65_HS1-834228961_62-HQ-83894_Section_5
Agency: FBI
Page 71
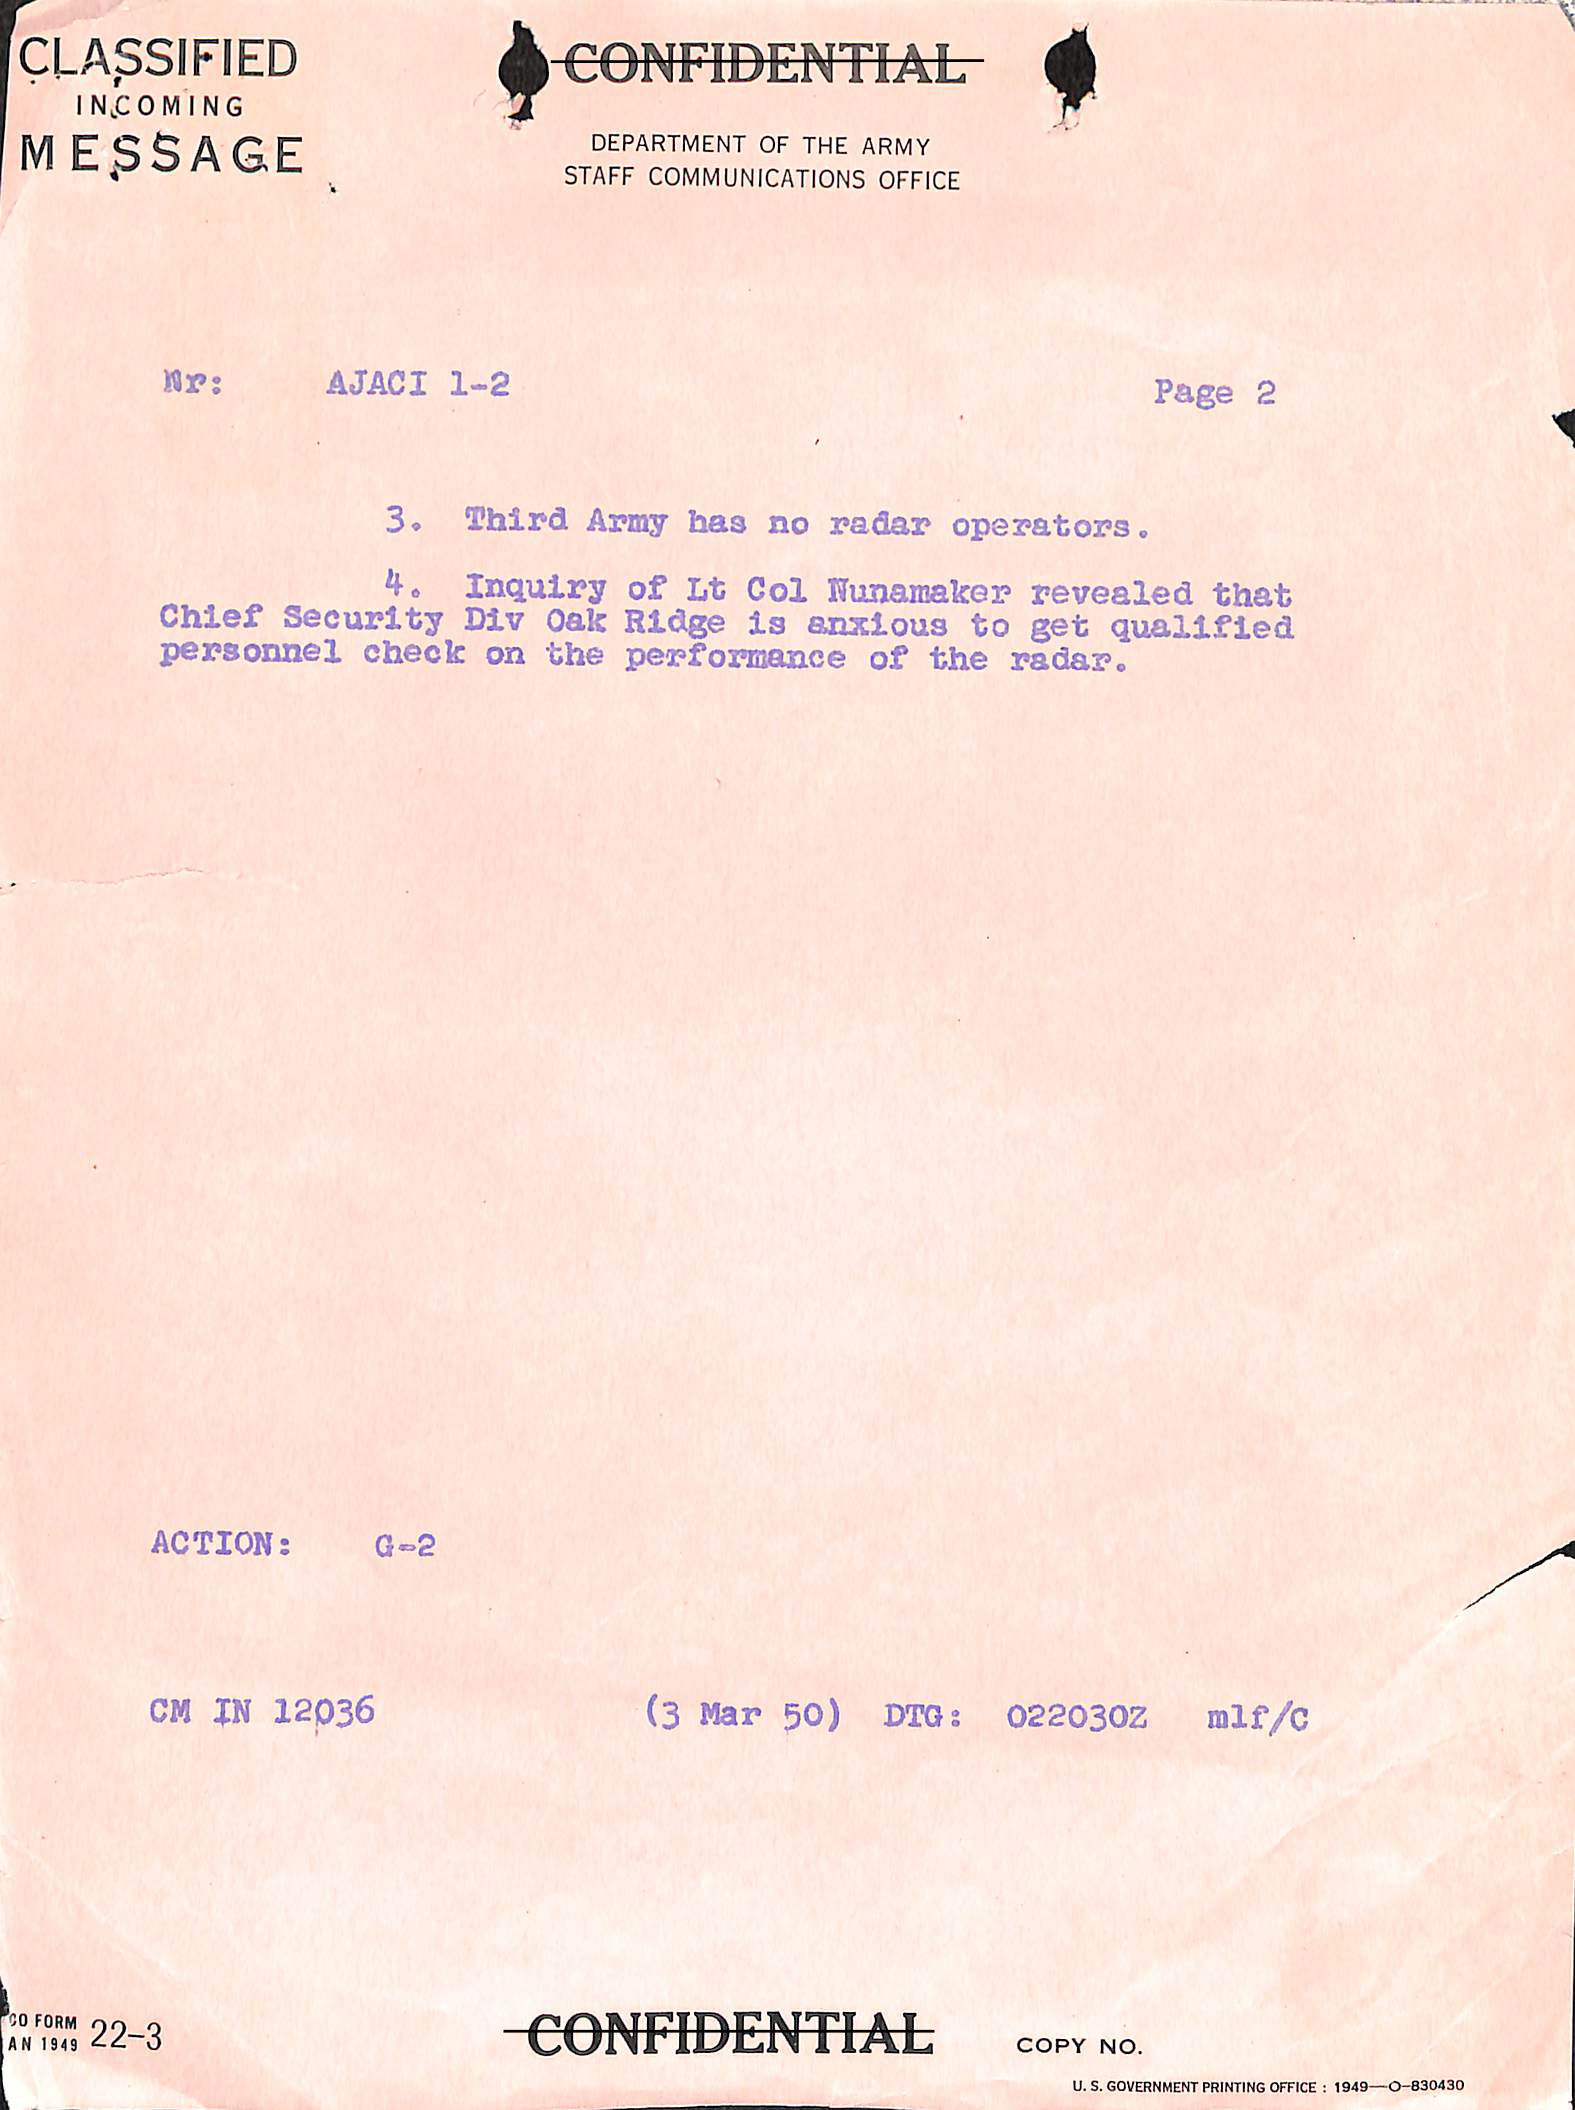